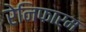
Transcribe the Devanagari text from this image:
रेनिफार्म